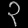
Digit: ၃